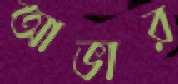
আভার